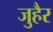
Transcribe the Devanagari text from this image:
जुहैर